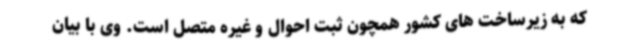
که به زیرساخت های کشور همچون ثبت احوال و غیره متصل است. وی با بیان